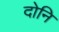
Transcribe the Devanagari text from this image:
दोनि